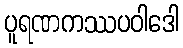
ပူရဏကဿပဝါဒေါ